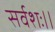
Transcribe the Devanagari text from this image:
सर्वशः।।